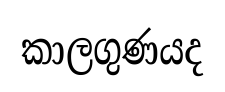
කාලගුණයද